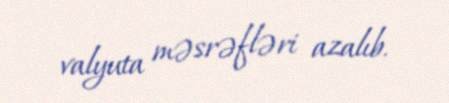
valyuta məsrəfləri azalıb.